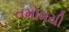
તમોમયી